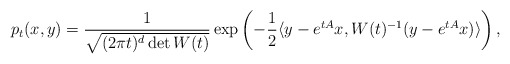
\begin{align*}p_t(x,y) = \frac{1}{\sqrt{(2\pi t)^d \det W(t)}} \exp\left(-\frac{1}{2}\langle y-e^{tA}x, W(t)^{-1}(y-e^{tA}x)\rangle\right),\end{align*}